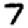
Digit: 7